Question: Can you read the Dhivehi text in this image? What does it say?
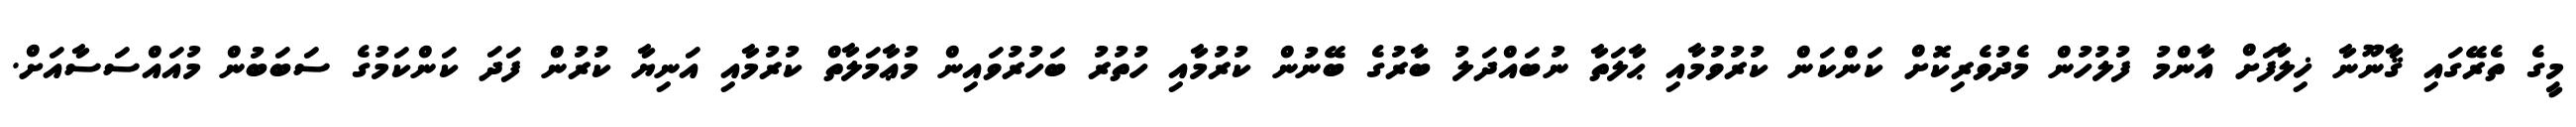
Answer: މީގެ ތެރޭގައި ޤާނޫނާ ޚިލާފަށް އާންމު ފުލުހުން މެދުވެރިކޮށް ކަންކަން ކުރުވުމާއި ޙާލަތާ ނުބައްދަލު ބާރުގެ ބޭނުން ކުރުމާއި ހުތުރު ބަހުރުވައިން މުޢާމަލާތް ކުރުމާއި އަނިޔާ ކުރުން ފަދަ ކަންކަމުގެ ސަބަބުން މުއައްސަސާއަށް.